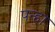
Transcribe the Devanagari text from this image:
पन्हा